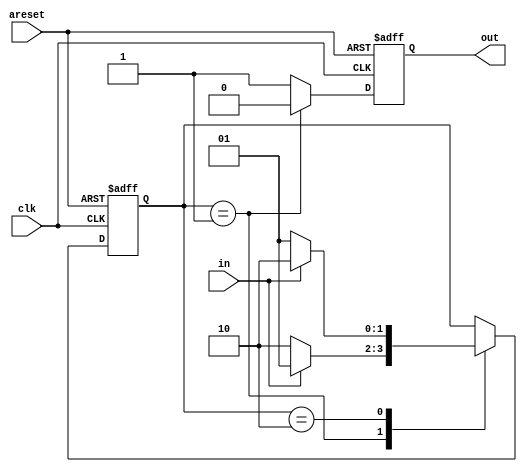
`timescale 1ns / 1ps
//////////////////////////////////////////////////////////////////////////////////
// Company: 
// Engineer: 
// 
// Design Name: 
// Module Name: Fsm1
// Project Name: 
// Target Devices: 
// Tool Versions: 
// Description: 
// 
// Dependencies: 
// 
// Revision:
// Revision 0.01 - File Created
// Additional Comments:
// 
//////////////////////////////////////////////////////////////////////////////////


module fsm1(
    input clk,
    input areset,    // Asynchronous reset to state B
    input in,
    output reg out);  

    parameter A=2'b01, B=2'b10; 
    reg [1:0] state;

	//parameter A=1'b1, B=1'b0; 
	//reg  state;
	
    always @(posedge clk or posedge areset) begin    // This is a combinational always block
        // State transition logic
        if (areset) state <=B;
        else case(state) 
            A: if(in==1'b1) state<=A;
            	else state<=B;
            B:if(in==1'b1) state<=B;
            	else state<=A;
        endcase
    end

    always @(posedge clk or posedge areset) begin    // This is a sequential always block
        // State flip-flops with asynchronous reset
        if (areset) out <=1'b1;
        else if(state==A)
            out<=1'b0;
		else	
            out<=1'b1;
		//else case(state)
		//	A:out<=1'b1;
		//	B:out<=1'b0;
		//endcase
    end

    // Output logic
    // assign out = (state == ...);

endmodule